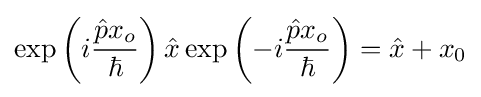
\exp \left(i{\frac {{\hat {p}}x_{o}}{\hbar }}\right){\hat {x}}\exp \left(-i{\frac {{\hat {p}}x_{o}}{\hbar }}\right)={\hat {x}}+x_{0}